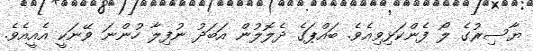
ޔާސިރުގެ ލޯ ފެންކަޅިވިއެވެ. ބައްޕަގެ ދެލޮލުން އަބަދު ނުފިލާ ހުންނަ ވޭނަކީ އެއީއެވެ.